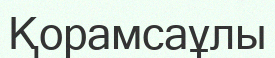
Қорамсаұлы